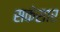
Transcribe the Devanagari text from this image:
सकेसार